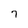
Character: 7